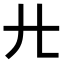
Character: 𢌬